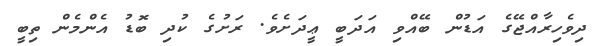
ދިވެހިރާއްޖޭގެ އަޑުން ބޭއްވި އަދަބީ ޢީދަށެވެ. ރަށުގެ ކުދި ބޮޑު އެންމެން ތިބީ